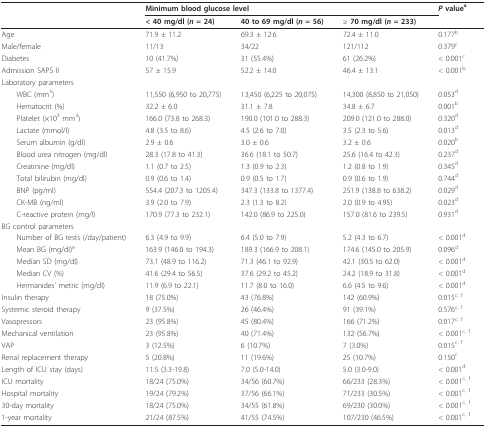
<table><thead><tr><td></td><td colspan="3"><b>Minimum blood glucose level</b></td><td><b><i>P </i>value<sup>a</sup></b></td></tr><tr><td></td><td><b>&lt; 40 mg/dl (<i>n </i>= 24)</b></td><td><b>40 to 69 mg/dl (<i>n </i>= 56)</b></td><td><b>≥ 70 mg/dl (<i>n </i>= 233)</b></td><td></td></tr></thead><tbody><tr><td>Age</td><td>71.9 ± 11.2</td><td>69.3 ± 12.6</td><td>72.4 ± 11.0</td><td>0.177<sup>b</sup></td></tr><tr><td>Male/female</td><td>11/13</td><td>34/22</td><td>121/112</td><td>0.379<sup>c</sup></td></tr><tr><td>Diabetes</td><td>10 (41.7%)</td><td>31 (55.4%)</td><td>61 (26.2%)</td><td>&lt; 0.001<sup>c</sup></td></tr><tr><td>Admission SAPS II</td><td>57 ± 15.9</td><td>52.2 ± 14.0</td><td>46.4 ± 13.1</td><td>&lt; 0.001<sup>b</sup></td></tr><tr><td>Laboratory parameters</td><td></td><td></td><td></td><td></td></tr><tr><td> WBC (mm<sup>3</sup>)</td><td>11,550 (6,950 to 20,775)</td><td>13,450 (6,225 to 20,075)</td><td>14,300 (8,850 to 21,050)</td><td>0.053<sup>d</sup></td></tr><tr><td> Hematocrit (%)</td><td>32.2 ± 6.0</td><td>31.1 ± 7.8</td><td>34.8 ± 6.7</td><td>0.001<sup>b</sup></td></tr><tr><td> Platelet (×10<sup>3 </sup>mm<sup>3</sup>)</td><td>166.0 (73.8 to 268.3)</td><td>190.0 (101.0 to 288.3)</td><td>209.0 (121.0 to 288.0)</td><td>0.320<sup>d</sup></td></tr><tr><td> Lactate (mmol/l)</td><td>4.8 (3.5 to 8.6)</td><td>4.5 (2.6 to 7.0)</td><td>3.5 (2.3 to 5.6)</td><td>0.013<sup>d</sup></td></tr><tr><td> Serum albumin (g/dl)</td><td>2.9 ± 0.6</td><td>3.0 ± 0.6</td><td>3.2 ± 0.6</td><td>0.020<sup>b</sup></td></tr><tr><td> Blood urea nitrogen (mg/dl)</td><td>28.3 (17.8 to 41.3)</td><td>36.6 (18.1 to 50.7)</td><td>25.6 (16.4 to 42.3)</td><td>0.237<sup>d</sup></td></tr><tr><td> Creatinine (mg/dl)</td><td>1.1 (0.7 to 2.5)</td><td>1.3 (0.9 to 2.3)</td><td>1.2 (0.8 to 1.9)</td><td>0.345<sup>d</sup></td></tr><tr><td> Total bilirubin (mg/dl)</td><td>0.9 (0.6 to 1.4)</td><td>0.9 (0.5 to 1.7)</td><td>0.9 (0.6 to 1.9)</td><td>0.744<sup>d</sup></td></tr><tr><td> BNP (pg/ml)</td><td>554.4 (207.3 to 1205.4)</td><td>347.3 (133.8 to 1377.4)</td><td>251.9 (138.8 to 638.2)</td><td>0.029<sup>d</sup></td></tr><tr><td> CK-MB (ng/ml)</td><td>3.9 (2.0 to 7.9)</td><td>2.3 (1.3 to 8.2)</td><td>2.0 (0.9 to 4.95)</td><td>0.023<sup>d</sup></td></tr><tr><td> C-reactive protein (mg/l)</td><td>170.9 (77.3 to 232.1)</td><td>142.0 (86.9 to 225.0)</td><td>157.0 (81.6 to 239.5)</td><td>0.931<sup>d</sup></td></tr><tr><td>BG control parameters</td><td></td><td></td><td></td><td></td></tr><tr><td> Number of BG tests (/day/patient)</td><td>6.3 (4.9 to 9.9)</td><td>6.4 (5.0 to 7.9)</td><td>5.2 (4.3 to 6.7)</td><td>&lt; 0.001<sup>d</sup></td></tr><tr><td> Mean BG (mg/dl)<sup>e</sup></td><td>163.9 (146.0 to 194.3)</td><td>189.3 (166.9 to 208.1)</td><td>174.6 (145.0 to 205.9)</td><td>0.096<sup>d</sup></td></tr><tr><td> Median SD (mg/dl)</td><td>73.1 (48.9 to 116.2)</td><td>71.3 (46.1 to 92.9)</td><td>42.1 (30.5 to 62.0)</td><td>&lt; 0.001<sup>d</sup></td></tr><tr><td> Median CV (%)</td><td>41.6 (29.4 to 56.5)</td><td>37.6 (29.2 to 45.2)</td><td>24.2 (18.9 to 31.8)</td><td>&lt; 0.001<sup>d</sup></td></tr><tr><td> Hermanides&#x27; metric (mg/dl)</td><td>11.9 (6.9 to 22.1)</td><td>11.7 (8.0 to 16.0)</td><td>6.6 (4.5 to 9.6)</td><td>&lt; 0.001<sup>d</sup></td></tr><tr><td>Insulin therapy</td><td>18 (75.0%)</td><td>43 (76.8%)</td><td>142 (60.9%)</td><td>0.015<sup>c, f</sup></td></tr><tr><td>Systemic steroid therapy</td><td>9 (37.5%)</td><td>26 (46.4%)</td><td>91 (39.1%)</td><td>0.576<sup>c, f</sup></td></tr><tr><td>Vasopressors</td><td>23 (95.8%)</td><td>45 (80.4%)</td><td>166 (71.2%)</td><td>0.017<sup>c, f</sup></td></tr><tr><td>Mechanical ventilation</td><td>23 (95.8%)</td><td>40 (71.4%)</td><td>132 (56.7%)</td><td>&lt; 0.001<sup>c, f</sup></td></tr><tr><td>VAP</td><td>3 (12.5%)</td><td>6 (10.7%)</td><td>7 (3.0%)</td><td>0.015<sup>c, f</sup></td></tr><tr><td>Renal replacement therapy</td><td>5 (20.8%)</td><td>11 (19.6%)</td><td>25 (10.7%)</td><td>0.150<sup>c</sup></td></tr><tr><td>Length of ICU stay (days)</td><td>11.5 (3.3-19.8)</td><td>7.0 (5.0-14.0)</td><td>5.0 (3.0-9.0)</td><td>&lt; 0.001<sup>d</sup></td></tr><tr><td>ICU mortality</td><td>18/24 (75.0%)</td><td>34/56 (60.7%)</td><td>66/233 (28.3%)</td><td>&lt; 0.001<sup>c, f</sup></td></tr><tr><td>Hospital mortality</td><td>19/24 (79.2%)</td><td>37/56 (66.1%)</td><td>71/233 (30.5%)</td><td>&lt; 0.001<sup>c, f</sup></td></tr><tr><td>30-day mortality</td><td>18/24 (75.0%)</td><td>34/55 (61.8%)</td><td>69/230 (30.0%)</td><td>&lt; 0.001<sup>c, f</sup></td></tr><tr><td>1-year mortality</td><td>21/24 (87.5%)</td><td>41/55 (74.5%)</td><td>107/230 (46.5%)</td><td>&lt; 0.001<sup>c, f</sup></td></tr></tbody></table>